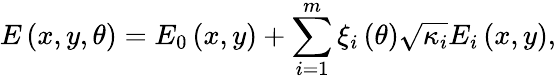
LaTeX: E\left(x,y,\theta\right)=E_{0}\left(x,y\right)+\sum_{i=1}^{m}\xi_{i}\left(\theta\right)\sqrt{\kappa_{i}}E_{i}\left(x,y\right),